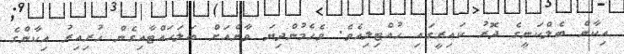
އިކާން ބެލްކަނީގެ ދޮރު ކައިރީގައި ހުއްޓިލިއެވެ. ވެހެމުންދިޔަ ވާރެއަށް ބަލަހައްޓާއިގެން ހުރިއިރު އިކާންގެ